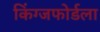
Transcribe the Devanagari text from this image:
किंग्जफोर्डला